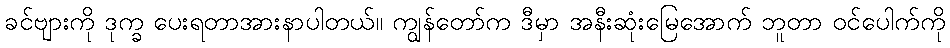
ခင်ဗျားကို ဒုက္ခ ပေးရတာအားနာပါတယ်။ ကျွန်တော်က ဒီမှာ အနီးဆုံးမြေအောက် ဘူတာ ဝင်ပေါက်ကို